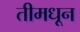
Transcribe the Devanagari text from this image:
तीमधून